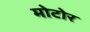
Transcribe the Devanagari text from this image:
मोटोर